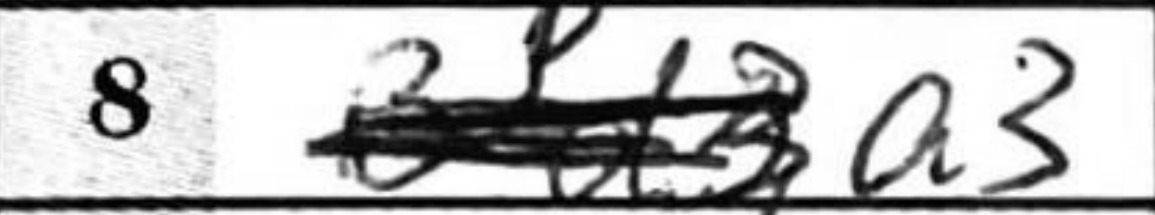
Transcription: a3